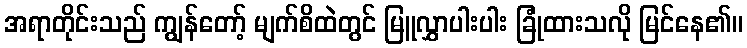
အရာတိုင်းသည် ကျွန်တော့် မျက်စိထဲတွင် မြူလွှာပါးပါး ခြုံထားသလို မြင်နေ၏။